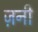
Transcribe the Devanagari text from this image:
ज़नी